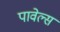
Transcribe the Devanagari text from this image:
पावेल्स